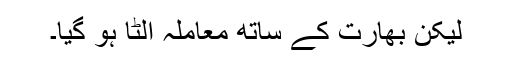
لیکن بھارت کے ساتھ معاملہ الٹا ہو گیا۔